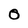
Character: 0